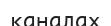
каналах